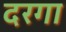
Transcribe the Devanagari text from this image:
दरगा